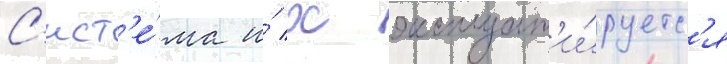
С'ист'е́ма и́ х эксплуат'и́руетс'я